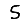
Digit: 5